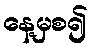
နေ့မှစ၍